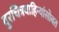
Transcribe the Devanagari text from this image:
दुरचित्रवाहिन्यांसोबत